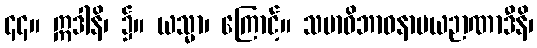
၄၄။ ဣဒါနိ၊ ၌။ ယသ္မာ၊ ကြောင့်။ သမာဓိဘာဝနာမယဉာဏာဒီနိ၊